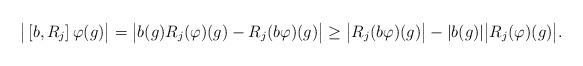
LaTeX: \begin{align*}\big|\left[b, R_j\right]\varphi(g)\big|=\big|b(g)R_j(\varphi)(g)-R_j(b\varphi)(g)\big|\geq \big|R_j(b\varphi)(g)\big|-|b(g)| \big|R_j(\varphi)(g)\big|.\end{align*}